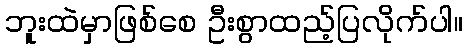
ဘူးထဲမှာဖြစ်စေ ဦးစွာထည့်ပြလိုက်ပါ။